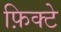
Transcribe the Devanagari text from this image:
फ़िक्टे